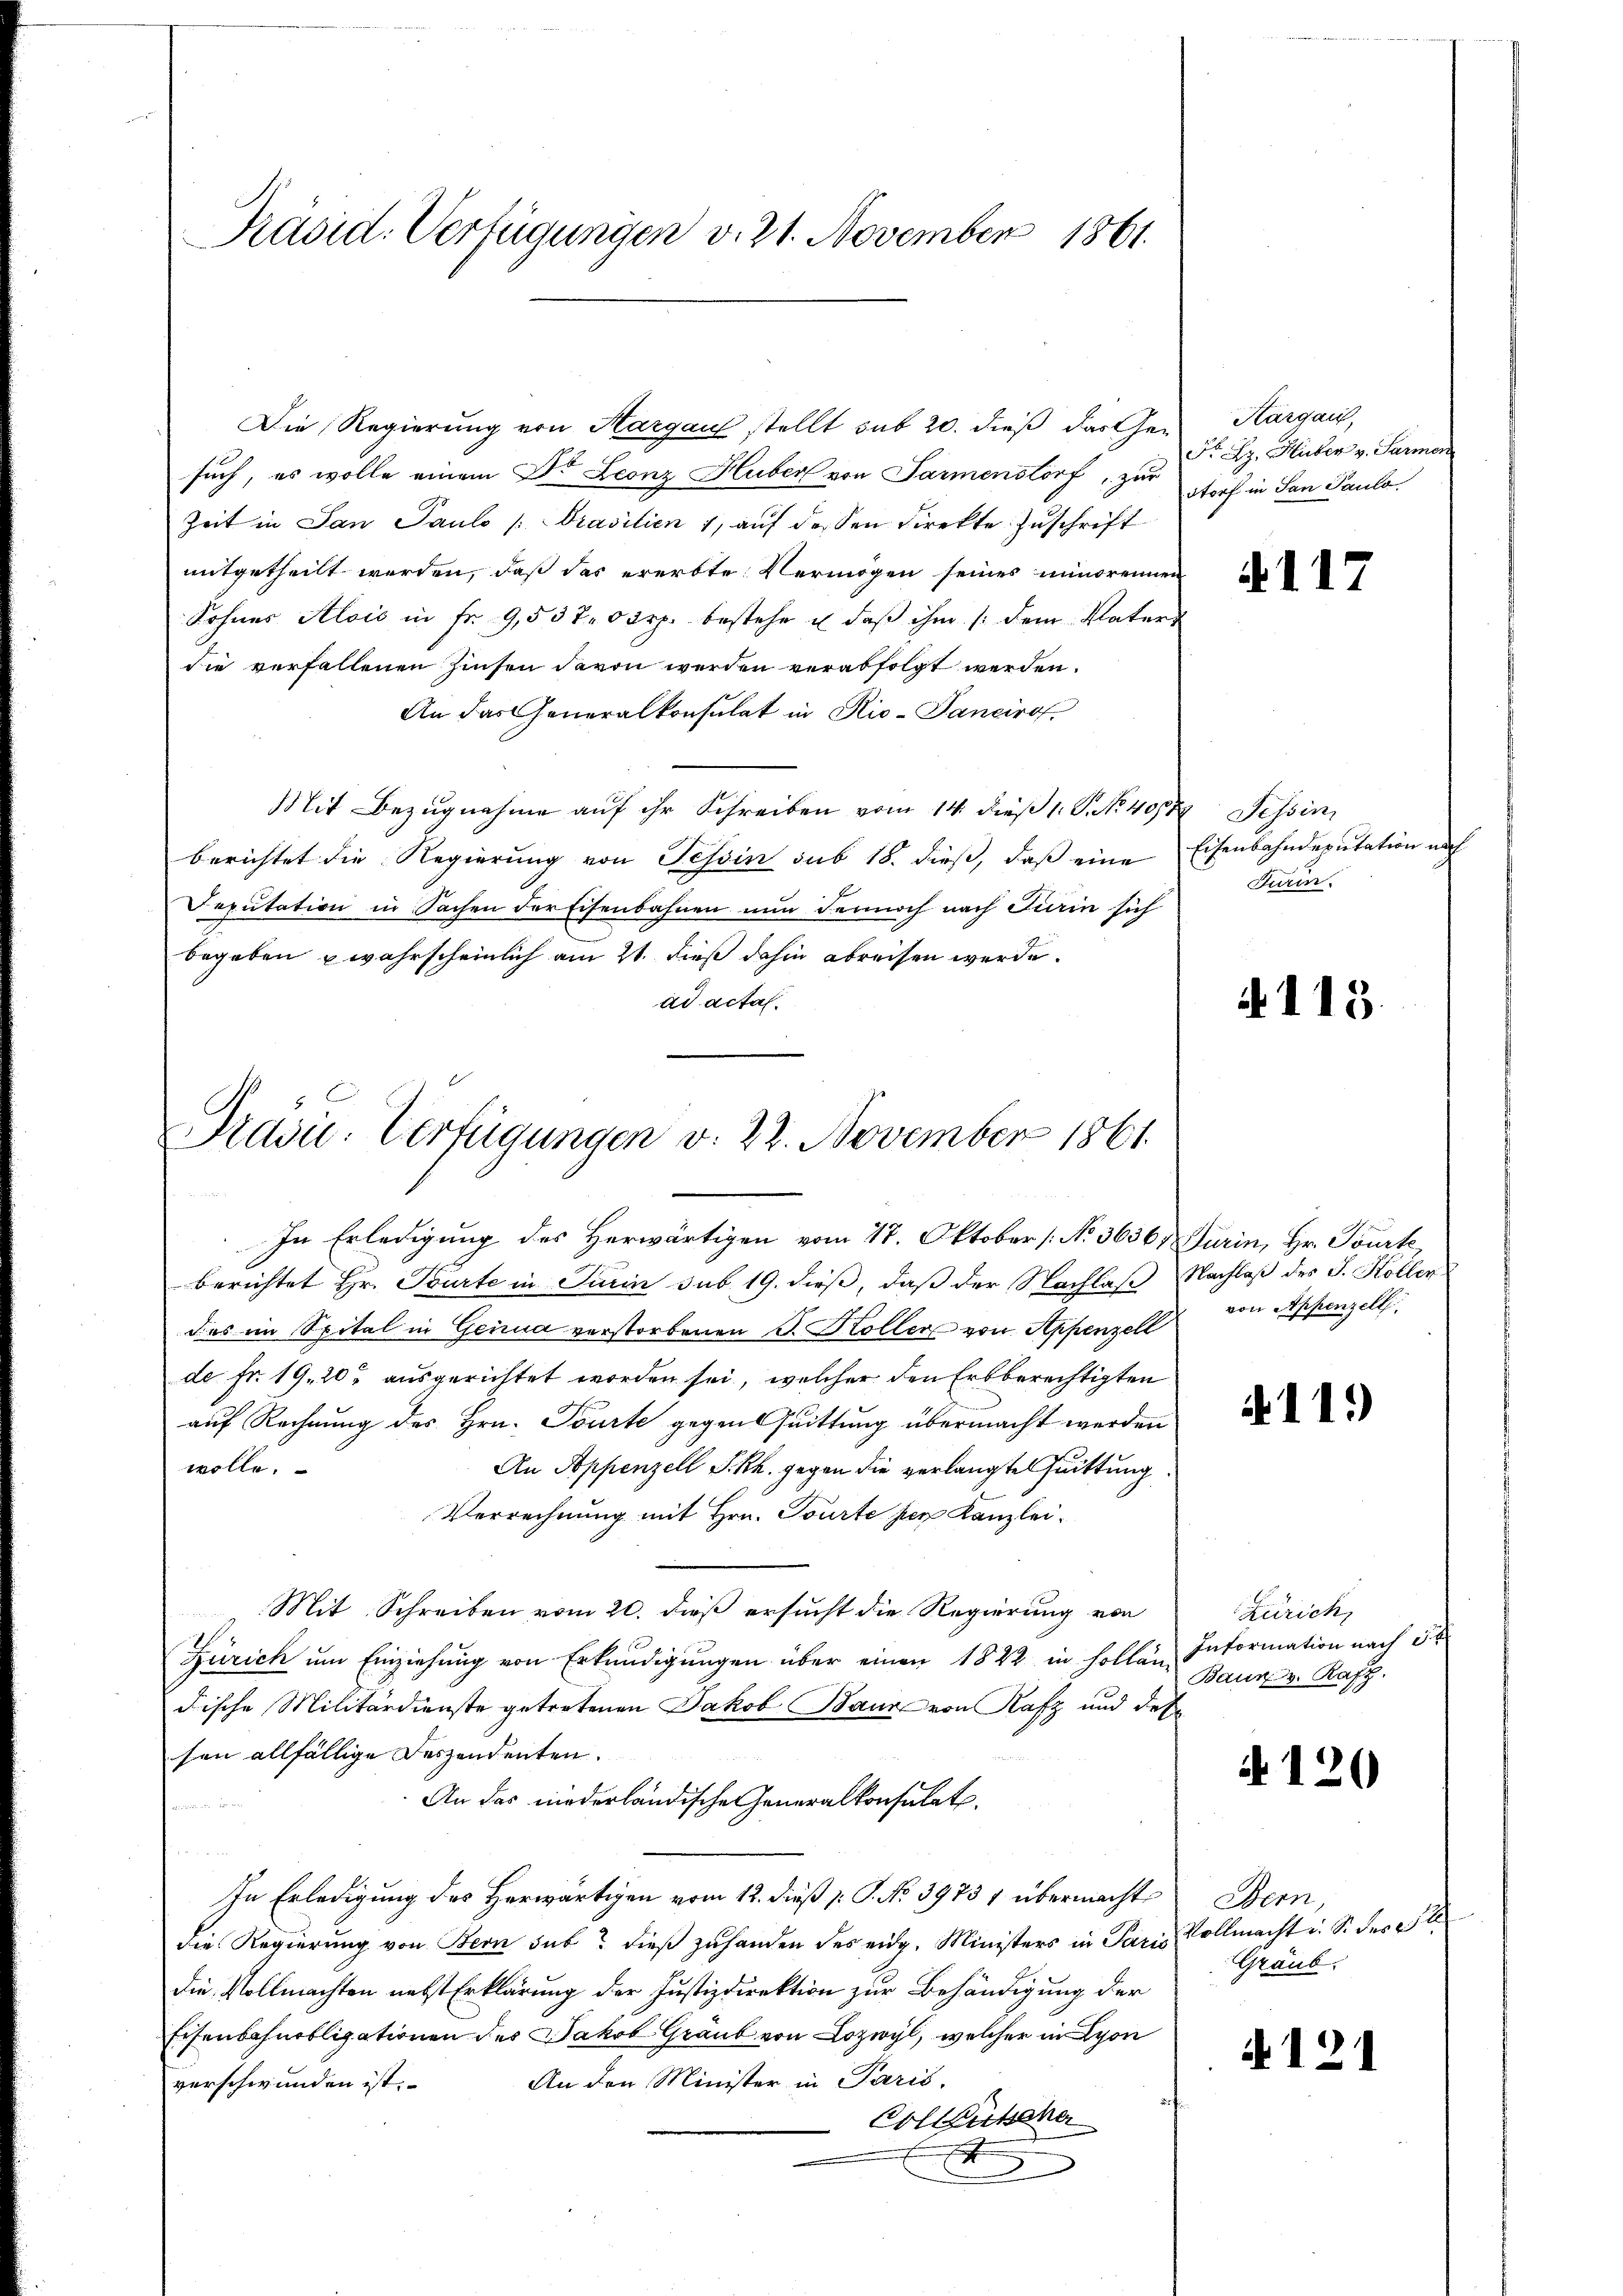
Präsid. Verfügungen v. 21. November 1861.

Die Regierung von Hargau stellt sub 20. dieß das Gesuch, es wolle einem Dr. Leonz Huber von Parmenstorf, zur
Zeit in San Pauls /Prasilien 1, auf dessen Direkte Zuschrift
mitgetheilt werden, daß das ererbte Vermögen seines minorennen
Sohnes Alois in fr. 9,5370 rp. bestehe u. daβ ihm /: dem Vaters
die verfallenen Zinsen davon werden verabfolgt werden.
An das Generalkonsulat in Rio-Pancirof.
Mit Bezugnahme auf ihr Schreiben vom 14. dieß P. Nr. 407 Tessin
berichtet die Regierung von Tessin sub 18. dieβ, daβ eine Eisenbahndeputation un
Seputation in Sachen der Eisenbahnen nun dennoch nach Fiain sich
begeben u wahrscheinlich am 21. dieß dahin abreisen werde.
ad actal.

Pravić-Verfügungen v. 22. November 1861
In Erledigung des Herwärtigen vom 17. Oktober [No 3636 Furin, Hr. Tourte,

berichtet Hr. Tourte in Turin sub 19. dieß, daß der Nachlaß Nachlaß des J. Koller
das im Spital in Genua verstorbenen S. Koller von Appenzell
de fr. 19. 20 ausgerichtet worden sei, welcher den Erbberechtigten
auf Rechnung des Hrn. Tourte gegen suittung übermacht werden
wolle.
An Appenzell S. Rh. gegen die verlangte Quittung
Verrechnung mit Hrn. Tourte per Kanzlei¬
Mit Schreiben vom 20. dieß ersucht die Regierung von
Zürich um Einziehung von Erkundigungen über einen 1822 in hollen Information nach 5
dische Militärdienste getretenen Jakob Baur von Rafz und des
sen allfällige Deszendenten.
An das niederländische Generalkonsulat
In Erledigung des Herwärtigen vom 12. dieß P. P. No 3973 1 übermachte
die Regierung von Bern sub? dieß zuhanden des eidg. Ministers in Paris Vollmacht u. S. des Pl
die Vollmachten nebst Erklärung der Justizdirektion zur Behändigung der
Eisenbahnobligationen des Jakob Graub von Lozwyl, welcher in Lyon
An den Minister in Paris,
verschwunden ist.
Collzusehe
x

Kargau,
Fr. Bz. Huber v. Sarmen
storf in San Paulo

§117

Furin.

A 115.

e

von Appenzell

11.)

Zürich
Baun v. Rafz

A 120

Bern,
Graub.

i 121